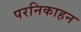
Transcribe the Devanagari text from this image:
परनिकाहन